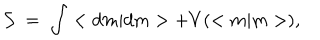
{ \cal S } \; = \; \int < d m | d m > + V ( < m | m > ) ,